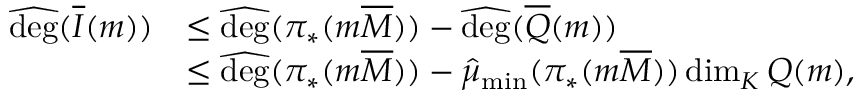
\begin{array} { r l } { \widehat { \mathrm { d e g } } ( \overline { I } ( m ) ) } & { \leq \widehat { \mathrm { d e g } } ( \pi _ { * } ( m \overline { M } ) ) - \widehat { \mathrm { d e g } } ( \overline { Q } ( m ) ) } \\ & { \leq \widehat { \mathrm { d e g } } ( \pi _ { * } ( m \overline { M } ) ) - \widehat { \mu } _ { \operatorname* { m i n } } ( \pi _ { * } ( m \overline { M } ) ) \dim _ { K } Q ( m ) , } \end{array}